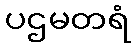
ပဌမတရံ